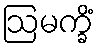
ဩမက္ခိံ